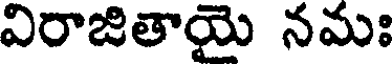
విరాజితాయై నమః